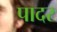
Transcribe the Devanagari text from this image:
पादर